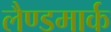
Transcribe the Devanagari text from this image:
लैण्‍डमार्क